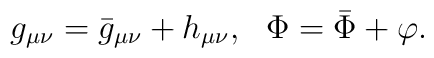
g_{\mu\nu} = {\bar g}_{\mu\nu} + h_{\mu\nu}, ~~ \Phi = \bar\Phi + \varphi.